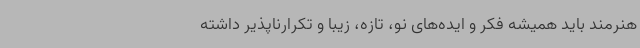
هنرمند باید همیشه فکر و ایده‌های نو، تازه، زیبا و تکرارناپذیر داشته